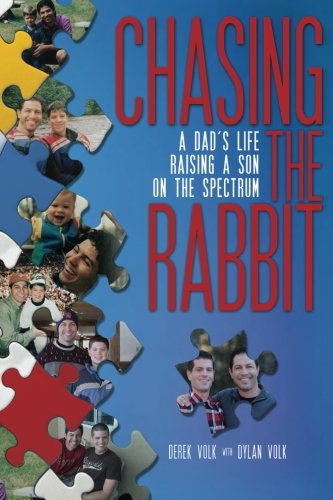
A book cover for Chasing the Rabbit: A Dad's Life Raising a Son on the Spectrum; Derek Volk; Parenting & Relationships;